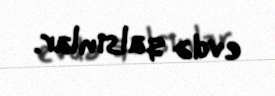
evdə qalsınlar.